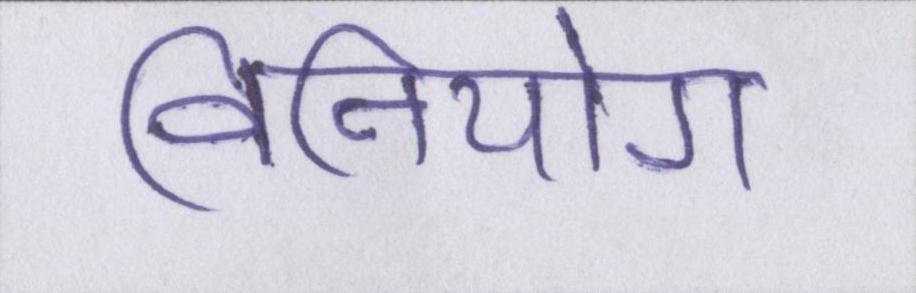
विनियोग